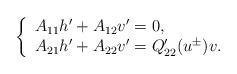
LaTeX: \begin{align*} \left\{\begin{array}{ll} A_{11}h'+A_{12}v'=0,\\A_{21}h'+A_{22}v'=Q'_{22}(u^\pm)v. \end{array}\right.\end{align*}